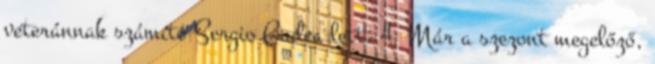
veteránnak számító Sergio Gadea lett. 4 Már a szezont megelőző,